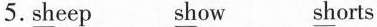
5.\underline{sh}eep \underline{sh}ow \underline{sh}orts